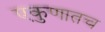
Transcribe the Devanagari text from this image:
एकुणातच